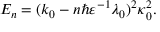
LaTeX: E _ { n } = ( k _ { 0 } - n \hbar \varepsilon ^ { - 1 } \lambda _ { 0 } ) ^ { 2 } \kappa _ { 0 } ^ { 2 } .